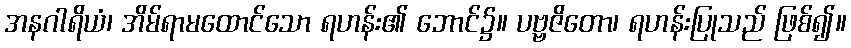
အနဂါရိယံ၊ အိမ်ရာမထောင်သော ရဟန်း၏ ဘောင်၌။ ပဗ္ဗဇိတော၊ ရဟန်းပြုသည် ဖြစ်၍။